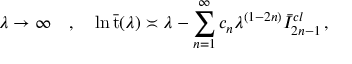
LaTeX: \lambda \rightarrow \infty \quad , \quad \ln \bar { \mathrm { t } } ( \lambda ) \asymp \lambda - \sum _ { n = 1 } ^ { \infty } c _ { n } \lambda ^ { ( 1 - 2 n ) } \bar { I } _ { 2 n - 1 } ^ { c l } \, ,